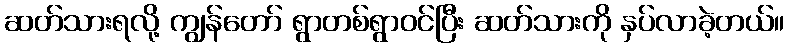
ဆတ်သားရလို့ ကျွန်တော် ရွာတစ်ရွာဝင်ပြီး ဆတ်သားကို နှပ်လာခဲ့တယ်။